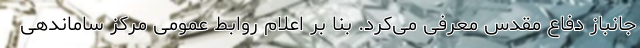
جانباز دفاع مقدس معرفی می‌کرد. بنا بر اعلام روابط عمومی مرکز ساماندهی